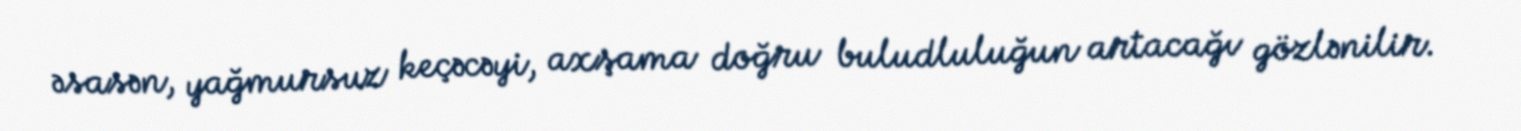
əsasən, yağmursuz keçəcəyi, axşama doğru buludluluğun artacağı gözlənilir.